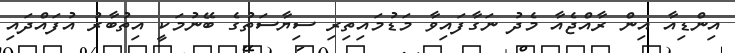
އިންޑިއާ އިން ރާއްޖެއާ މެދު ނަގާފައިވާ މަޑުމައިތިރި ސިޔާސަތުގެ ބޭނުމަކީ އިތުބާރު އުފައްދައި